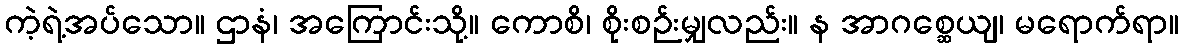
ကဲ့ရဲ့အပ်သော။ ဌာနံ၊ အကြောင်းသို့။ ကောစိ၊ စိုးစဉ်းမျှလည်း။ န အာဂစ္ဆေယျ၊ မရောက်ရာ။